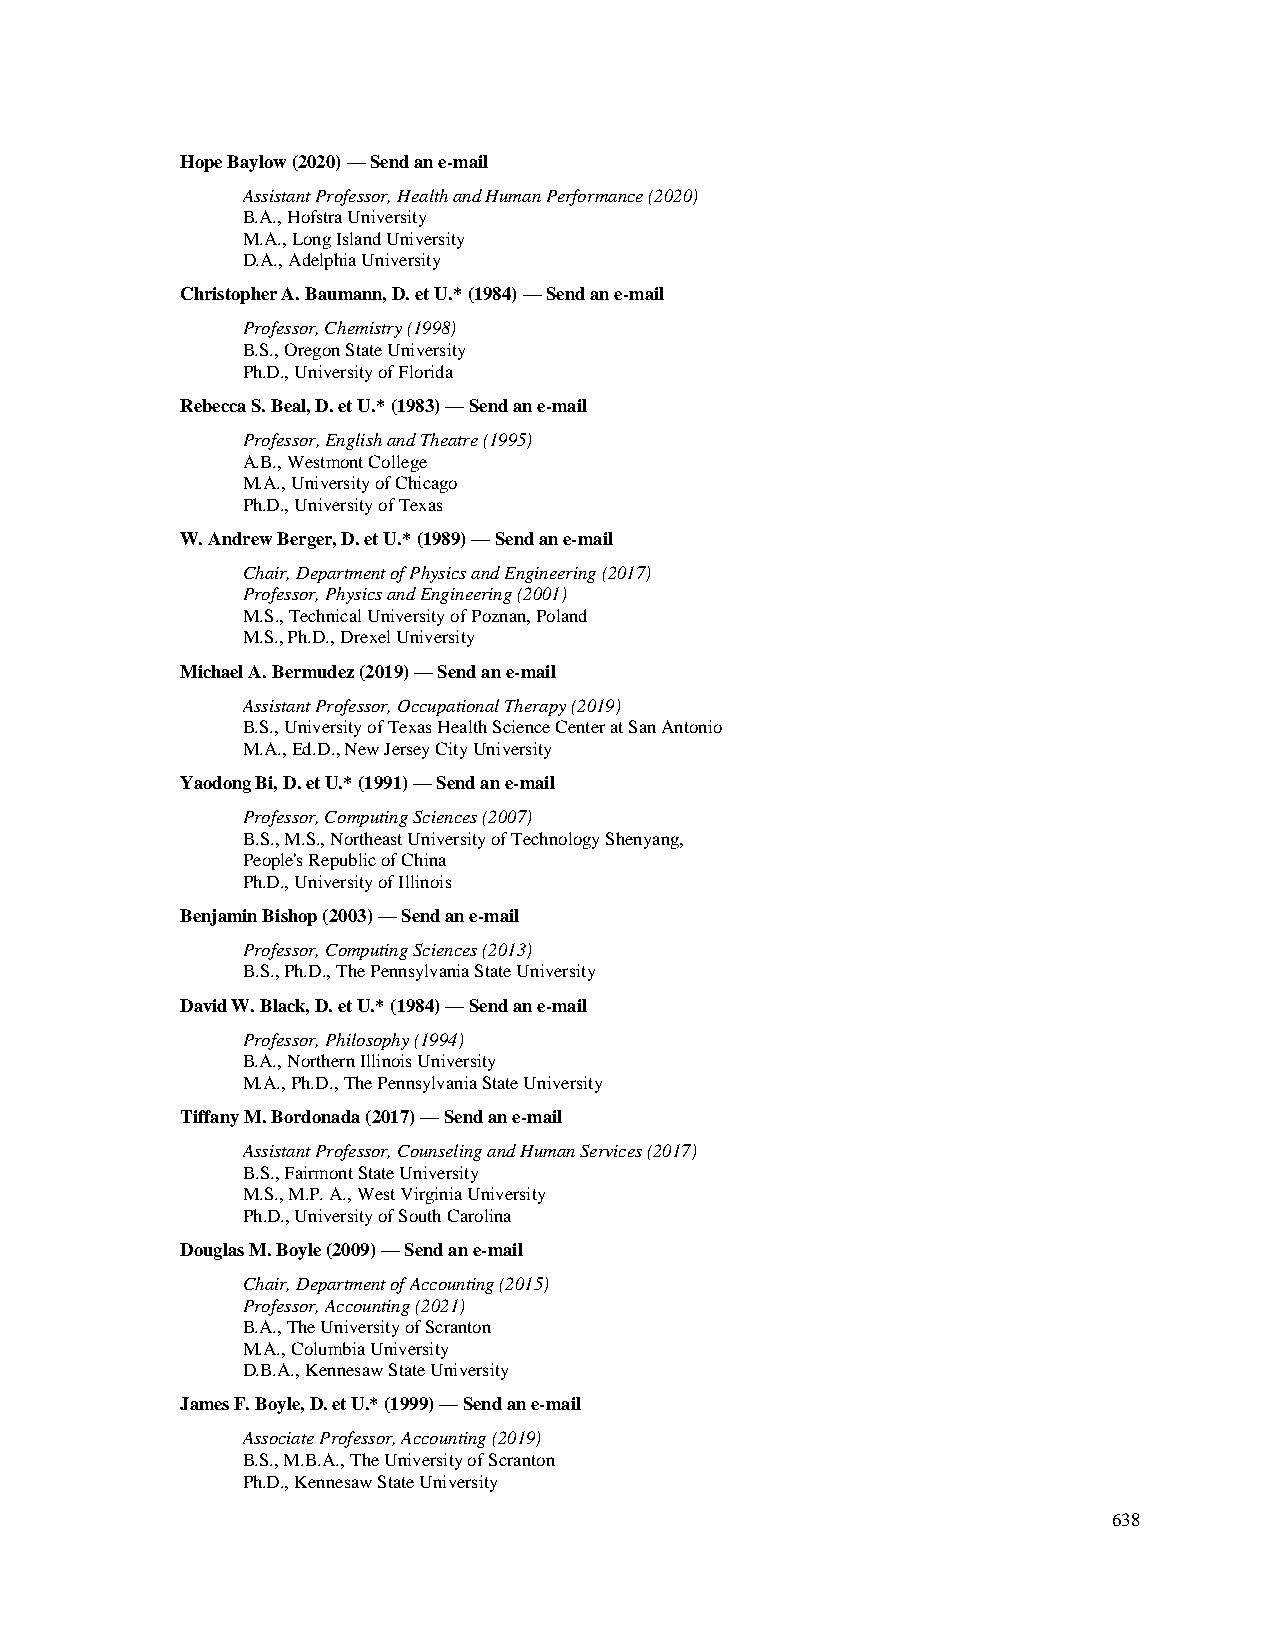
Hope Baylow (2020) — Send an e-mail
 Assistant Professor, Health and Human Performance (2020)
 B.A., Hofstra University
 M.A., Long Island University
 D.A., Adelphia University
 Christopher A. Baumann, D. et U.* (1984) — Send an e-mail
 Professor, Chemistry (1998)
 B.S., Oregon State University
 Ph.D., University of Florida
 Rebecca S. Beal, D. et U.* (1983) — Send an e-mail
 Professor, English and Theatre (1995)
 A.B., Westmont College
 M.A., University of Chicago
 Ph.D., University of Texas
 W. Andrew Berger, D. et U.* (1989) — Send an e-mail
 Chair, Department of Physics and Engineering (2017)
 Professor, Physics and Engineering (2001)
 M.S., Technical University of Poznan, Poland
 M.S., Ph.D., Drexel University
 Michael A. Bermudez (2019) — Send an e-mail
 Assistant Professor, Occupational Therapy (2019)
 B.S., University of Texas Health Science Center at San Antonio
 M.A., Ed.D., New Jersey City University
 Yaodong Bi, D. et U.* (1991) — Send an e-mail
 Professor, Computing Sciences (2007)
 B.S., M.S., Northeast University of Technology Shenyang,
 People's Republic of China
 Ph.D., University of Illinois
 Benjamin Bishop (2003) — Send an e-mail
 Professor, Computing Sciences (2013)
 B.S., Ph.D., The Pennsylvania State University
 David W. Black, D. et U.* (1984) — Send an e-mail
 Professor, Philosophy (1994)
 B.A., Northern Illinois University
 M.A., Ph.D., The Pennsylvania State University
 Tiffany M. Bordonada (2017) — Send an e-mail
 Assistant Professor, Counseling and Human Services (2017)
 B.S., Fairmont State University
 M.S., M.P. A., West Virginia University
 Ph.D., University of South Carolina
 Douglas M. Boyle (2009) — Send an e-mail
 Chair, Department of Accounting (2015)
 Professor, Accounting (2021)
 B.A., The University of Scranton
 M.A., Columbia University
 D.B.A., Kennesaw State University
 James F. Boyle, D. et U.* (1999) — Send an e-mail
 Associate Professor, Accounting (2019)
 B.S., M.B.A., The University of Scranton
 Ph.D., Kennesaw State University
 638